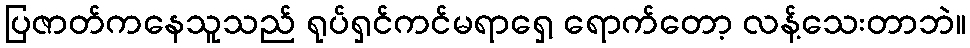
ပြဇာတ်ကနေသူသည် ရုပ်ရှင်ကင်မရာရှေ့ ရောက်တော့ လန့်သေးတာဘဲ။